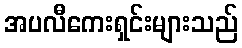
အပလီကေးရှင်းများသည်